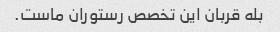
بله قربان این تخصص رستوران ماست.